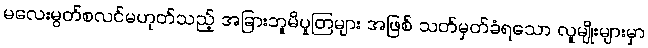
မလေးမွတ်စလင်မဟုတ်သည့် အခြားဘူမိပူတြများ အဖြစ် သတ်မှတ်ခံရသော လူမျိုးများမှာ